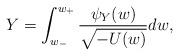
LaTeX: \begin{align*}Y=\int_{w_-}^{w_+} \frac{\psi_Y(w)}{ \sqrt{-U(w)} } dw,\end{align*}